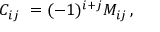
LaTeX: C _ { i j } \ = ( - 1 ) ^ { i + j } M _ { i j } \, ,